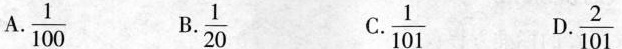
A\frac{1}{100} B\frac{1}{20} C. \frac{1}{101} D.\frac{2}{101}